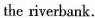
the riverbank.